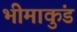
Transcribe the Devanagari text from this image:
भीमाकुंड